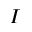
I